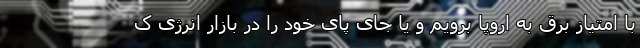
با امتیاز برق به اروپا برویم و یا جای پای خود را در بازار انرژی ک